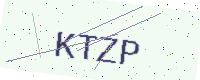
Text: KTZP